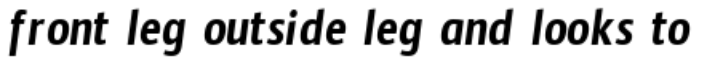
front leg outside leg and looks to